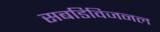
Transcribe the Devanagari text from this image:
सबडिविजनल